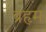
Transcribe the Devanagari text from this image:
ब्रहृम